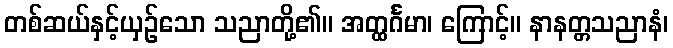
တစ်ဆယ်နှင့်ယှဉ်သော သညာတို့၏။ အတ္ထင်္ဂမာ၊ ကြောင့်။ နာနတ္တသညာနံ၊